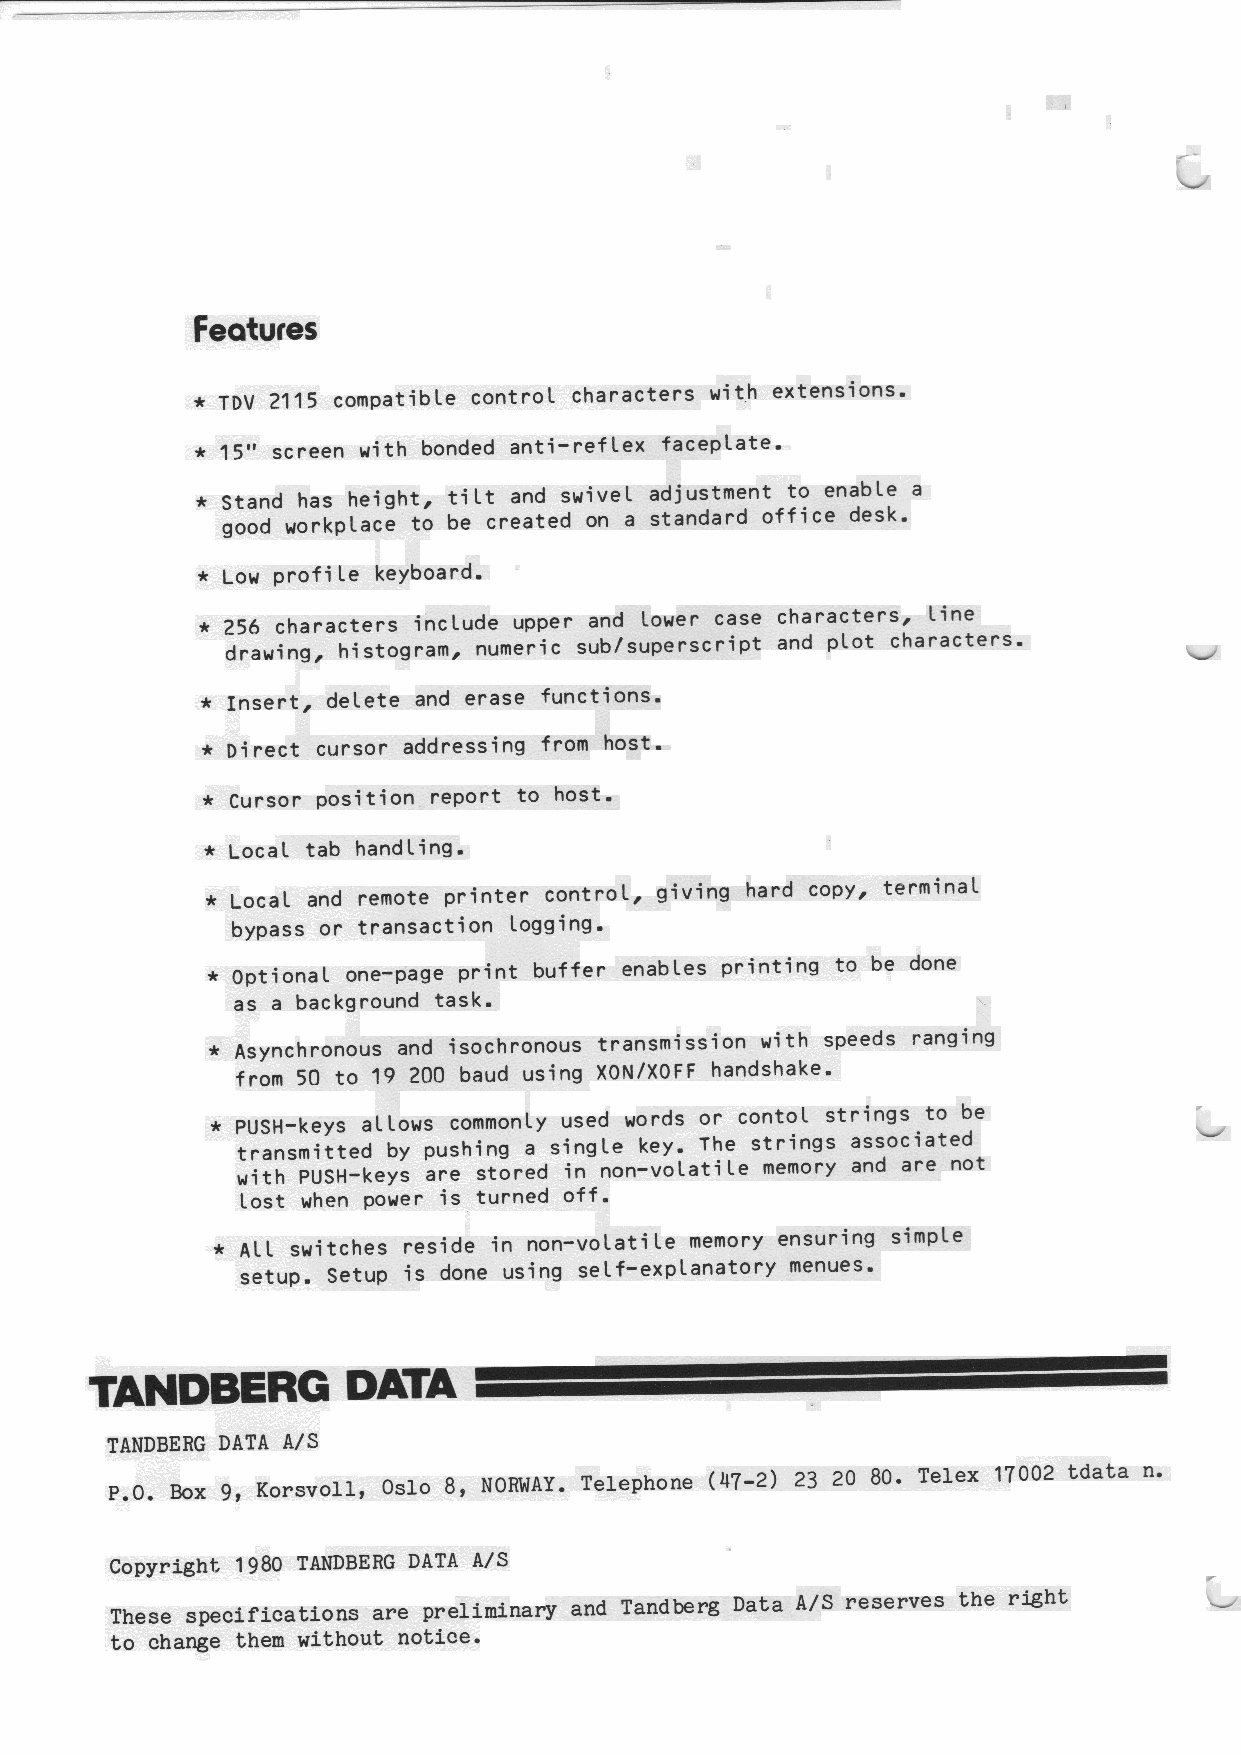
Features
 * TDV 2115 compatible control characters with extensions.
 * 15" screen with bonded anti-reflex faceplate.
 * Stand has height, tilt and swivel adjustment to enable a
 good workplace to be created on a standard office desk.
 *x Low profile keyboard.
 * 256 characters include upper and lower case characters, line
 drawing, histogram, numeric sub/superscript and plot characters.
 * Insert, delete and erase functions.
 x Direct cursor addressing from host.
 * Cursor position report to host.
 * Local tab handling.
 * Local and remote printer control, giving hard copy, terminal
 bypass or transaction logging.
 *x Optional one-page print buffer enables printing to be done
 as a background task.
 * Asynchronous and isochronous transmission with speeds ranging
 from 50 to 19 200 baud using XON/XOFF handshake.
 * PUSH-keys allows commonly used words or contol strings to be
 transmitted by pushing a single key. The strings associated
 with PUSH-keys are stored in non-volatile memory and are not
 Llost when power is turned off.
 % ALL switches reside in non-volatile memory ensuring simple
 setup. Setup is done using self-explanatory menues.
 e
 TANDBERG         DATA
 TANDBERG DATA A/S
 P.0. Box 9, Korsvoll, Oslo 8, NORWAY. Telephone (47-2) 23 20 80. Telex 17002 tdata n.
 Copyright 1980 TANDBERG DATA A/S
 These specifications are preliminary and Tandberg Data A/S reserves the right
 to change them without notice.